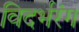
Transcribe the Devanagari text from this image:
विदर्भरंग